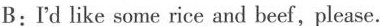
B:I'd like some rice and beef,please.